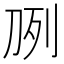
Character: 𰄧